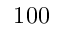
1 0 0